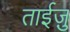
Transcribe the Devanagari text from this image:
ताईज़ु